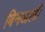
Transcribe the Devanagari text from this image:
बिनअली